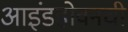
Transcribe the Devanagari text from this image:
आइंडहोवनची